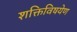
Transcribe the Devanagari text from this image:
शक्तिविषयेण